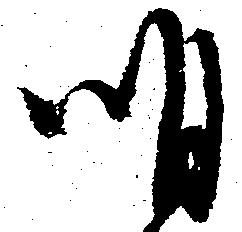
明